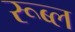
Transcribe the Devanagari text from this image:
रूब्ल